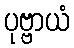
ပုဗ္ဗာယံ